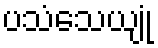
ပသံသေယျုံ